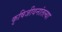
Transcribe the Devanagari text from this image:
कृषिजीवनांतल्या